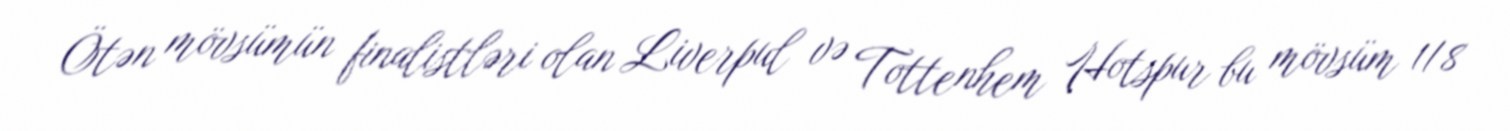
Ötən mövsümün finalistləri olan Liverpul və Tottenhem Hotspur bu mövsüm 1/8